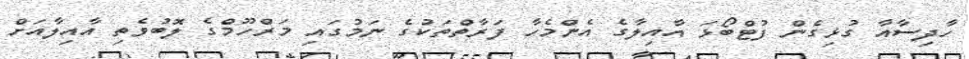
ހާދިސާއާ ގުޅިގެން ފުޓްބޯޅަ އާއިލާގެ އެންމެހާ ފަރާތްތަކުގެ ނަމުގައި މަރްހޫމްގެ ލޮބުވެތި އާއިލާއަށް